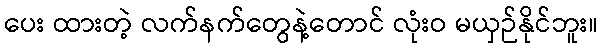
ပေး ထားတဲ့ လက်နက်တွေနဲ့တောင် လုံးဝ မယှဉ်နိုင်ဘူး။